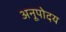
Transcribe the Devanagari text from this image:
अनूपोदय